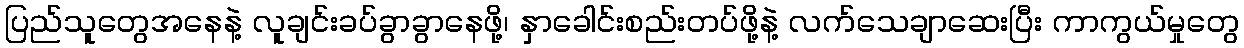
ပြည်သူတွေအနေနဲ့ လူချင်းခပ်ခွာခွာနေဖို့၊ နှာခေါင်းစည်းတပ်ဖို့နဲ့ လက်သေချာဆေးပြီး ကာကွယ်မှုတွေ